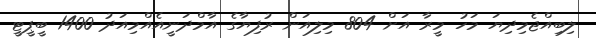
ލިބިއްޖެމިދިޔަ މަހު މީރާ އަށް 804 މިލިއަން ރުފިޔާގެ އާމްދަނީއެއްމިއަދު 1400 ބީޕީޓީ